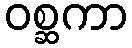
ဝစ္ဆကာ